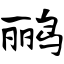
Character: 鹂